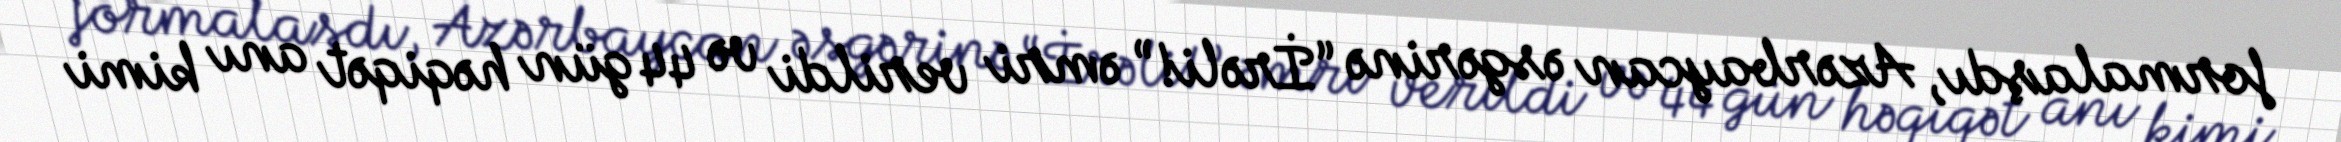
formalaşdı, Azərbaycan əsgərinə “İrəli!” əmri verildi və 44 gün həqiqət anı kimi